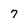
Character: 7